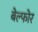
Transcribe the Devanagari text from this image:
बेल्फोर